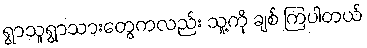
ရွာသူရွာသားတွေကလည်း သူ့ကို ချစ် ကြပါတယ်